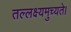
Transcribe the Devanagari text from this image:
तल्लक्ष्यमुच्यते।